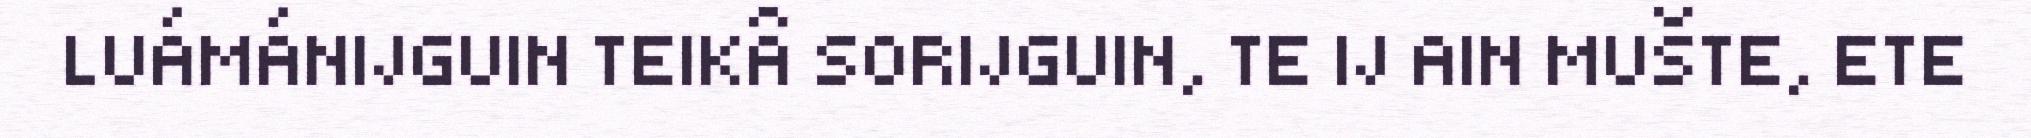
LUÁMÁNIJGUIN TEIKÂ SORIJGUIN, TE IJ AIN MUŠTE, ETE